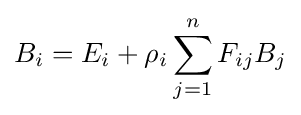
B_{i}=E_{i}+\rho _{i}\sum _{j=1}^{n}F_{ij}B_{j}